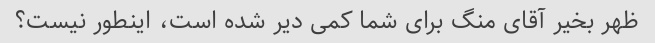
ظهر بخیر آقای منگ برای شما کمی دیر شده است، اینطور نیست؟